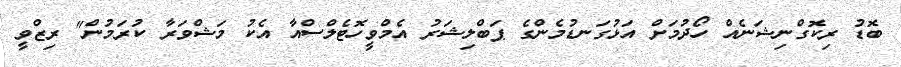
ބޮޑު ރިކޮގްނިޝަނެއް ހޯދުމަށް އަޅުގަނޑުމެންގެ ޕަބްލިޝަރު އެމްވީހޮޓެލްސްއާ އެކު މަޝްވަރާ ކުރަމުން" ރިޒްވީ